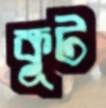
কূট